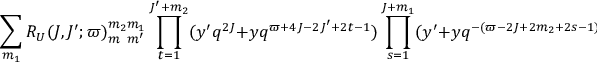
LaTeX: \sum _ { m _ { 1 } } R _ { U } ( J , J ^ { \prime } ; \varpi ) _ { m _ { \phantom { 2 } } m ^ { \prime } } ^ { m _ { 2 } m _ { 1 } } \prod _ { t = 1 } ^ { J ^ { \prime } + m _ { 2 } } ( y ^ { \prime } q ^ { 2 J } + y q ^ { \varpi + 4 J - 2 J ^ { \prime } + 2 t - 1 } ) \prod _ { s = 1 } ^ { J + m _ { 1 } } ( y ^ { \prime } + y q ^ { - ( \varpi - 2 J + 2 m _ { 2 } + 2 s - 1 ) } )